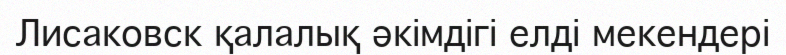
Лисаковск қалалық әкімдігі елді мекендері